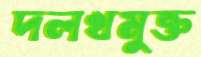
দলখমুক্ত